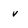
Character: v